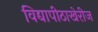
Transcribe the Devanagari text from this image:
विद्यापीठाखेरीज